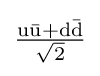
\mathrm {\tfrac {u{\bar {u}}+d{\bar {d}}}{\sqrt {2}}}